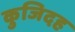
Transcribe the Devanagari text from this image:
कुजिदह